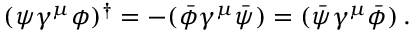
( \psi \gamma ^ { \mu } \phi ) ^ { \dagger } = - ( \bar { \phi } \gamma ^ { \mu } \bar { \psi } ) = ( \bar { \psi } \gamma ^ { \mu } \bar { \phi } ) \, .